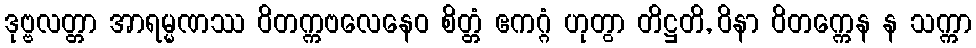
ဒုဗ္ဗလတ္တာ အာရမ္မဏဿ ဝိတက္ကဗလေနေဝ စိတ္တံ ဧကဂ္ဂံ ဟုတွာ တိဋ္ဌတိ, ဝိနာ ဝိတက္ကေန န သက္ကာ